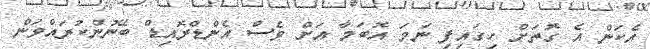
އެކަން އެ ގޮތަށް ހިގައިފި ނަމަ އޮބަމާ އަށް ވެސް އެންޑްރޮއިޑް ބޭނުންކުރައްވަން